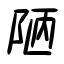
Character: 陋